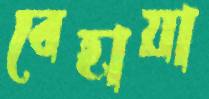
বেহায়া